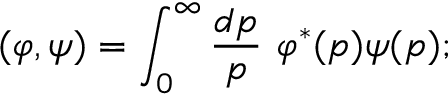
( \varphi , \psi ) = \int _ { 0 } ^ { \infty } \frac { d p } { p } \ \varphi ^ { * } ( p ) \psi ( p ) ;